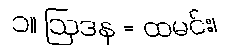
၁။ ဩဒန = ထမင်း၊